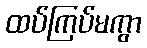
ထပ်ကြပ်မကွာ